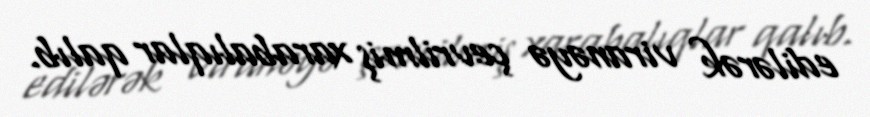
edilərək viranəyə çevrilmiş xarabalıqlar qalıb.